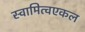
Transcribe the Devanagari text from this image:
स्वामित्वएकल